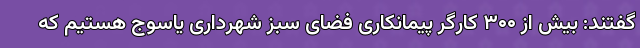
گفتند: بیش از ۳۰۰ کارگر پیمانکاری فضای سبز شهرداری یاسوج هستیم که